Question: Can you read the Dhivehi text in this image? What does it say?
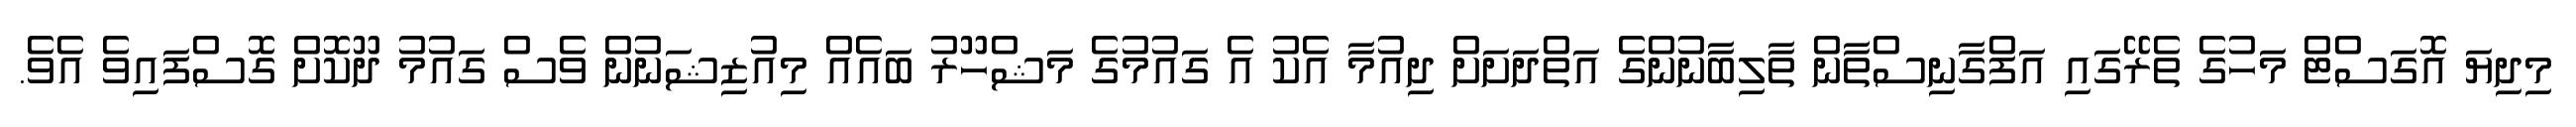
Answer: މިދިޔަ އޮގަސްޓް މަހުގެ ތެރޭގައި އަފްގާނިސްތާން ތާލިބާނުންގެ އަތްދަށަށް ދިއުމާ އެކު އެ ގައުމުގެ މަޝްހޫރު ބައެއް މިއުޒިޝަނުން ވެސް ގައުމު ދޫކޮށް ގޮސްފައިވެ އެވެ.